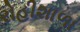
રોહીશાળા